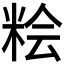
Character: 𱸾